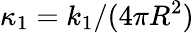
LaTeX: \kappa_{1}=k_{1}/(4\pi R^{2})